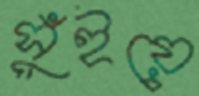
সুঁইয়ে